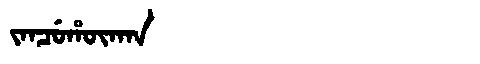
Manchu: ᠵᠠᠨᠴᡠᡥᡡᡴᠠᠨ
Romanization: JANCUHŪKAN